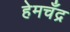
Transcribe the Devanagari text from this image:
हेमचँद्र